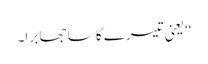
‘‘ یعنی تیسرے کا سا جھا برا۔